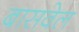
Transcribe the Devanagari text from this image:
बासवेल